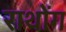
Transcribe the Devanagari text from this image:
राथोंग